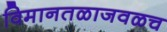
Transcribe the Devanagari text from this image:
विमानतळाजवळच